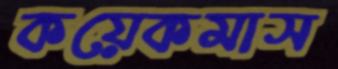
কয়েকমাস